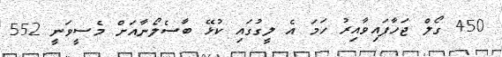
450 ގޯލް ޖަހާފައިވާއިރު ހަމަ އެ ލީގުގައި ކުޅޭ ބާސެލޯނާއަށް މެސީވަނީ 552